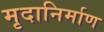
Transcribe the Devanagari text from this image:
मृदानिर्माण